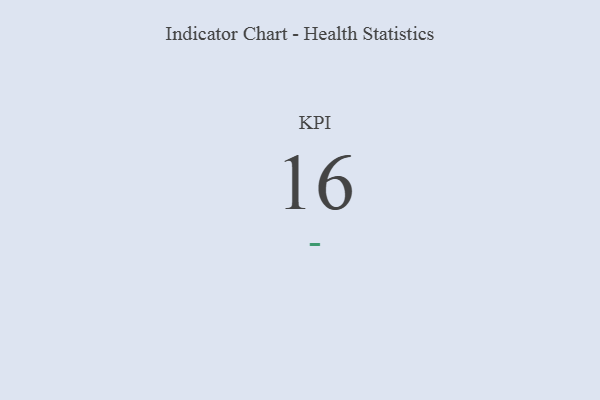
{"axis": {"x": "KPI", "y": "Value"}, "legend": [""], "data": [{"x": "KPI", "y": 16, "type": ""}]}